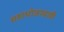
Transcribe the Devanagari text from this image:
महाभोजाचाही